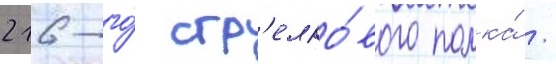
216-го́ стр'елко́вого полка́ /